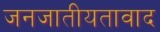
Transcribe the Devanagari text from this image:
जनजातीयतावाद